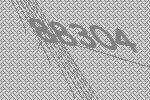
88304